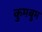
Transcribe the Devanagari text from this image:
कुमबुम